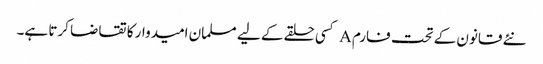
نئے قانون کے تحت فارم A کسی حلقے کے لیے مسلمان امیدوار کا تقاضا کرتا ہے۔